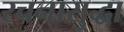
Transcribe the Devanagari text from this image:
रचनासुद्धा